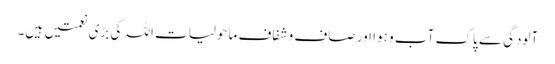
آلودگی سے پاک آب و ہوا اور صاف و شفاف ماحولیات اللہ کی بڑی نعمتیں ہیں۔